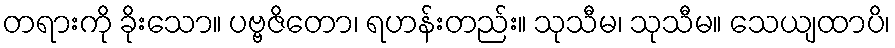
တရားကို ခိုးသော။ ပဗ္ဗဇိတော၊ ရဟန်းတည်း။ သုသီမ၊ သုသီမ။ သေယျထာပိ၊